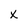
Character: X